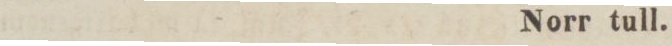
Norr tull.